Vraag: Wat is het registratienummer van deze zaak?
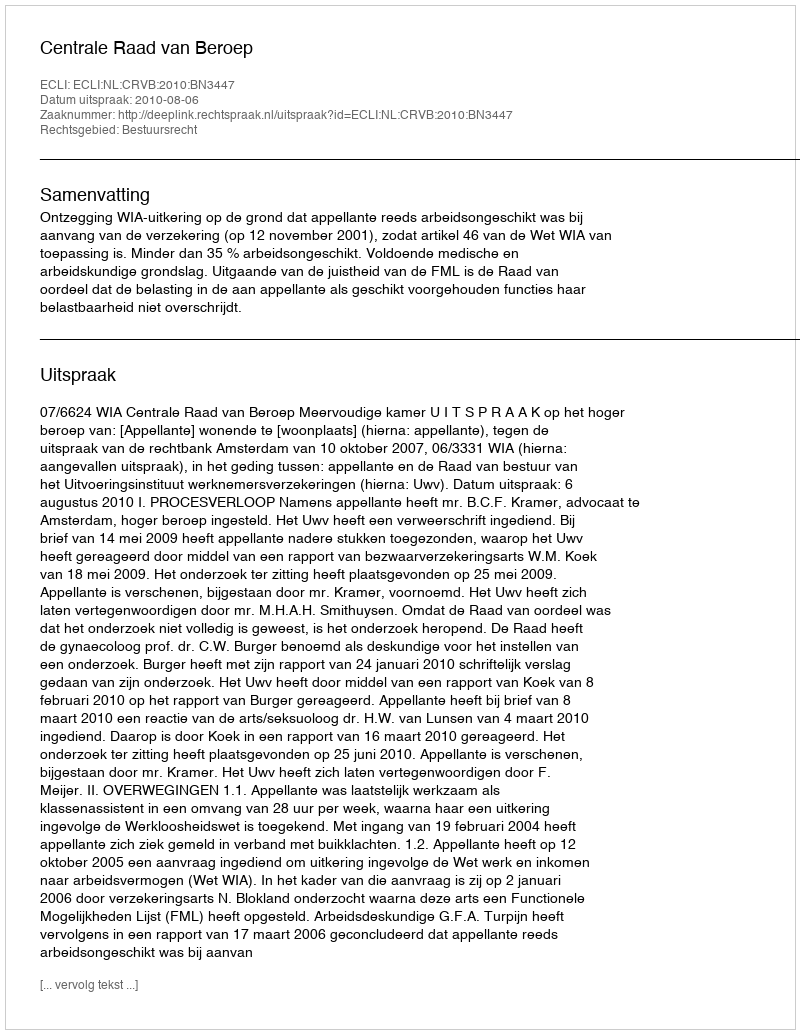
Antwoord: http://deeplink.rechtspraak.nl/uitspraak?id=ECLI:NL:CRVB:2010:BN3447